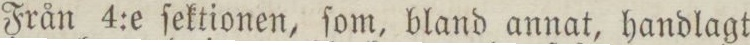
Från 4:e ſektionen, ſom, bland annat, handlagt